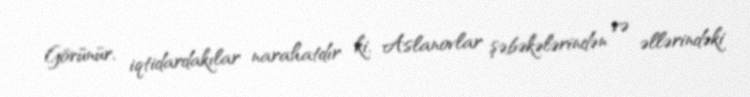
Görünür, iqtidardakılar narahatdır ki, Aslanovlar şəbəkələrindən və əllərindəki